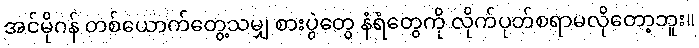
အင်မိုဂန် တစ်ယောက်တွေ့သမျှ စားပွဲတွေ နံရံတွေကို လိုက်ပုတ်စရာမလိုတော့ဘူး။